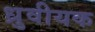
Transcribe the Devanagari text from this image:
ध्रुवीयक